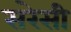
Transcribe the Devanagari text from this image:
सरेसी